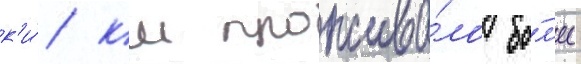
к'и́/ км прожива́ло бо́л'ее